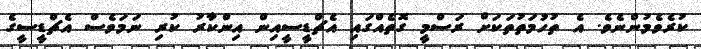
ކުރެވެމުންނެވެ. އެ ތުހުމަތުތަކަށް ރަސްމީ ގޮތެއްގައި އެޗްޑީސީއިން އިންކާރު ކުރި ނަމަވެސް އެޗްޑީސީގެ